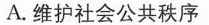
A.维护社会公共秩序